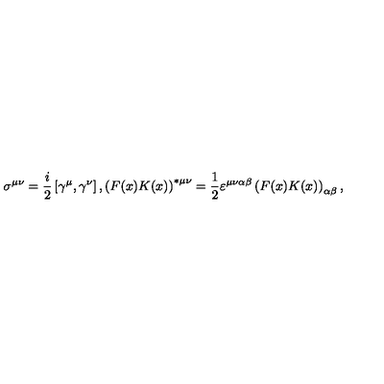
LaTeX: \sigma ^ { \mu \nu } = \frac { i } { 2 } \left[ \gamma ^ { \mu } , \gamma ^ { \nu } \right] , \left( F ( x ) K ( x ) \right) ^ { \ast \mu \nu } = \frac { 1 } { 2 } \varepsilon ^ { \mu \nu \alpha \beta } \left( F ( x ) K ( x ) \right) _ { \alpha \beta } ,